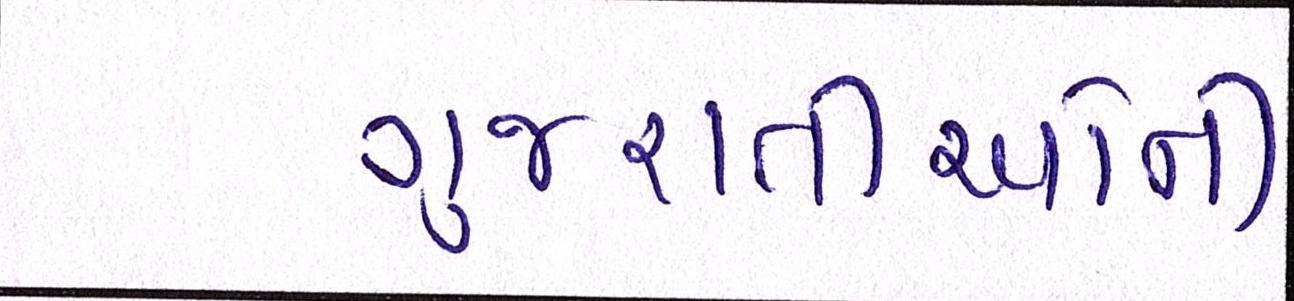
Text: ગુજરાતીઓની